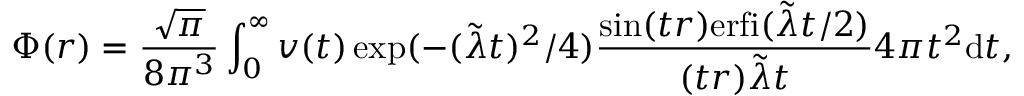
\Phi ( r ) = \frac { \sqrt { \pi } } { 8 \pi ^ { 3 } } \int _ { 0 } ^ { \infty } v ( t ) \exp ( - ( \tilde { \lambda } t ) ^ { 2 } / 4 ) \frac { \sin ( t r ) \mathrm { e r f i } ( \tilde { \lambda } t / 2 ) } { ( t r ) \tilde { \lambda } t } 4 \pi t ^ { 2 } \mathrm { d } t ,